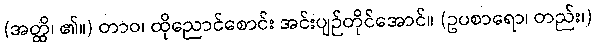
(အတ္ထိ၊ ၏။) တာဝ၊ ထိုညောင်စောင်း အင်းပျဉ်တိုင်အောင်။ (ဥပစာရော၊ တည်း၊)